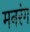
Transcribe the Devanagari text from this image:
मनरंग